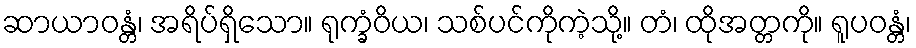
ဆာယာဝန္တံ၊ အရိပ်ရှိသော။ ရုက္ခံဝိယ၊ သစ်ပင်ကိုကဲ့သို့။ တံ၊ ထိုအတ္တကို။ ရူပဝန္တံ၊